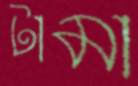
টামা